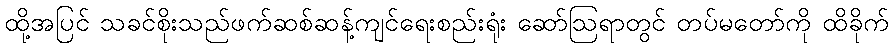
ထို့အပြင် သခင်စိုးသည်ဖက်ဆစ်ဆန့်ကျင်ရေးစည်းရုံး ဆော်ဩရာတွင် တပ်မတော်ကို ထိခိုက်